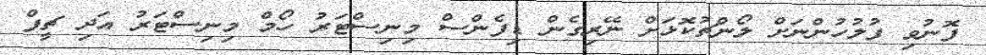
ފޮނުވި ފުލުހުންނަށް ލޯންޗުކޮޅަށް ނޭރިގެން ޑިފެންސް މިނިސްޓަރު ހޯމް މިނިސްޓަރު އަދި ޗީފް